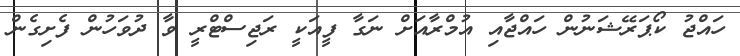
ހައްޖު ކޯޕަރޭޝަނުން ހައްޖާއި އުމްރާއަށް ނަގާ ފީއަކީ ރަޖިސްޓްރީ ވާ ދުވަހުން ފެށިގެން